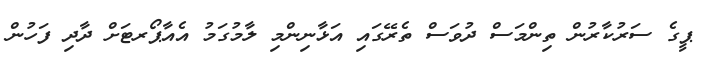
ޕީގެ ސަރުކާރުން ތިންމަސް ދުވަސް ތެރޭގައި އަޅާނިންމި ލާމުގަމު އެއާޕޯރޓަށް ދާދި ފަހުން